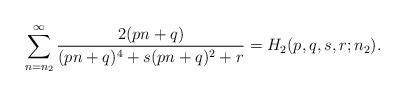
\begin{align*}\sum_{n=n_2}^{\infty}\frac{2(pn+q)}{(pn+q)^4+s(p n+q)^2+r}=H_2(p,q,s,r;n_2).\end{align*}